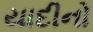
યાદીનો